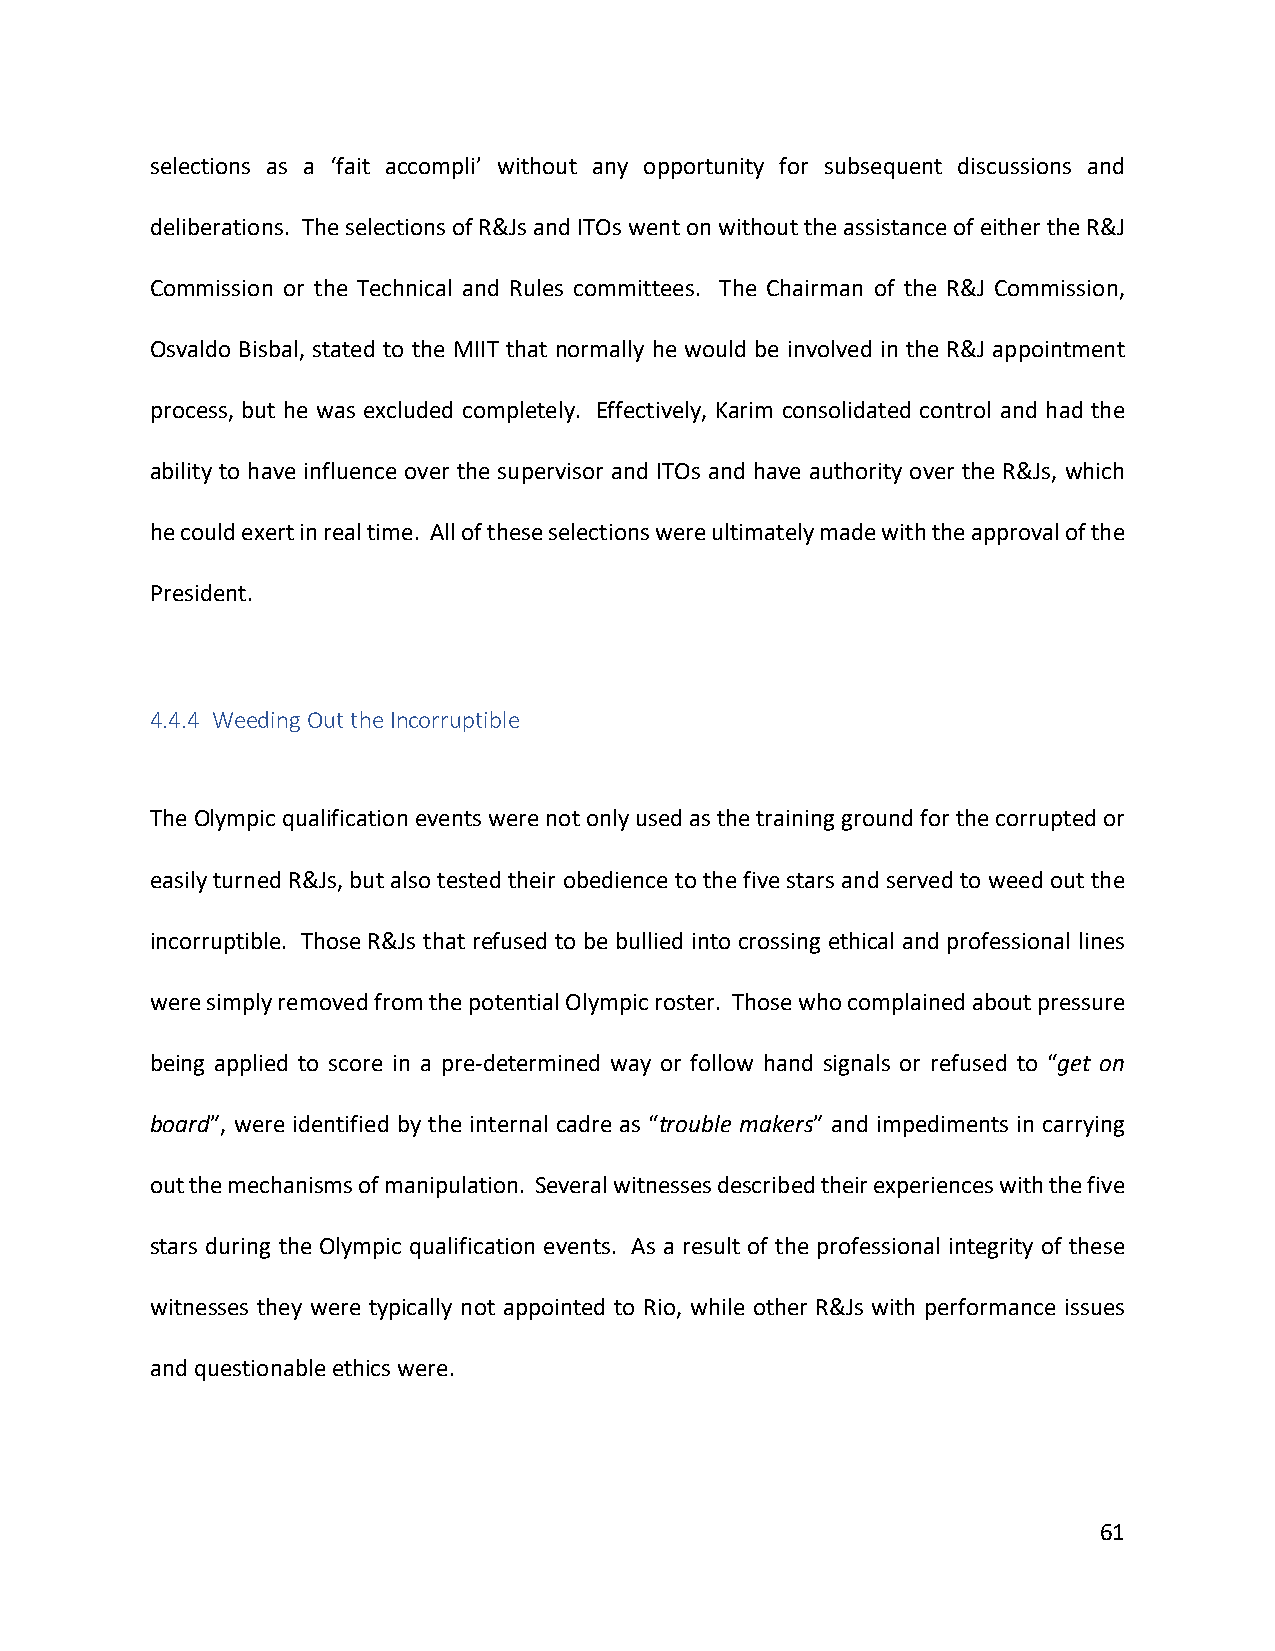
selections as a ‘fait accompli’ without any opportunity for subsequent discussions and
 deliberations. The selections of R&Js and ITOs went on without the assistance of either the R&J
 Commission or the Technical and Rules committees. The Chairman of the R&J Commission,
 Osvaldo Bisbal, stated to the MIIT that normally he would be involved in the R&J appointment
 process, but he was excluded completely. Effectively, Karim consolidated control and had the
 ability to have influence over the supervisor and ITOs and have authority over the R&Js, which
 he could exert in real time. All of these selections were ultimately made with the approval of the
 President.
 4.4.4 Weeding Out the Incorruptible
 The Olympic qualification events were not only used as the training ground for the corrupted or
 easily turned R&Js, but also tested their obedience to the five stars and served to weed out the
 incorruptible. Those R&Js that refused to be bullied into crossing ethical and professional lines
 were simply removed from the potential Olympic roster. Those who complained about pressure
 being applied to score in a pre-determined way or follow hand signals or refused to “get on
 board”, were identified by the internal cadre as “trouble makers” and impediments in carrying
 out the mechanisms of manipulation. Several witnesses described their experiences with the five
 stars during the Olympic qualification events. As a result of the professional integrity of these
 witnesses they were typically not appointed to Rio, while other R&Js with performance issues
 and questionable ethics were.
 61